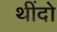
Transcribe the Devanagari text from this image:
थींदो